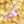
قد